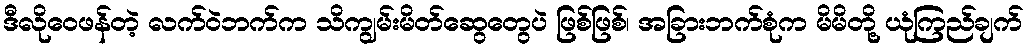
ဒီလိုဝေဖန်တဲ့ လက်ဝဲဘက်က သိကျွမ်းမိတ်ဆွေတွေပဲ ဖြစ်ဖြစ်၊ အခြားဘက်စုံက မိမိတို့ ယုံကြည်ချက်